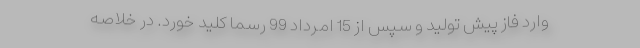
وارد فاز پیش تولید و سپس از 15 امرداد 99 رسما کلید خورد. در خلاصه